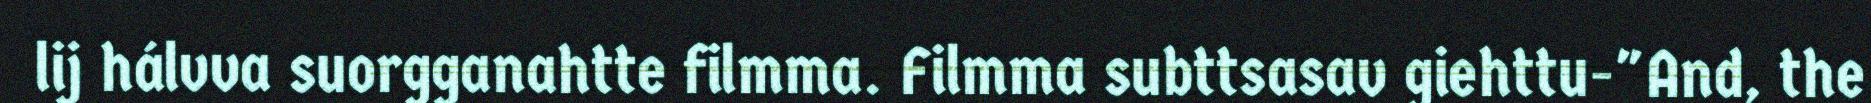
lij hálvva suorgganahtte filmma. Filmma subttsasav giehttu-"And, the